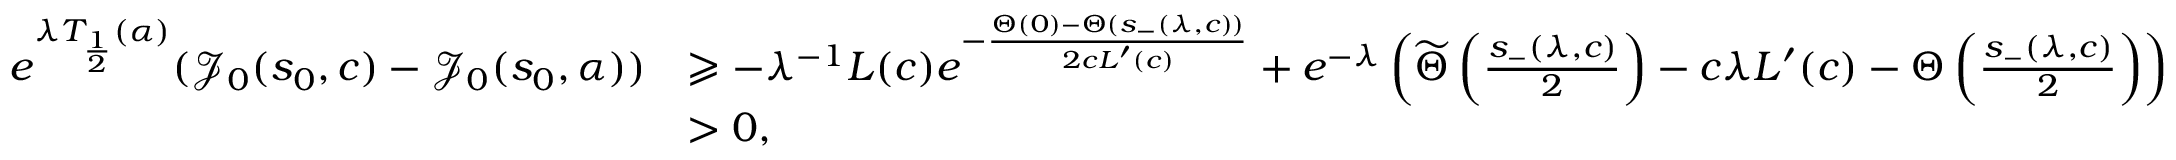
\begin{array} { r l } { e ^ { \lambda T _ { \frac 1 2 } ( \alpha ) } ( \mathcal { J } _ { 0 } ( s _ { 0 } , c ) - \mathcal { J } _ { 0 } ( s _ { 0 } , \alpha ) ) } & { \geqslant - \lambda ^ { - 1 } L ( c ) e ^ { - \frac { { \Theta } ( 0 ) - { \Theta } ( s _ { - } ( \lambda , c ) ) } { 2 c L ^ { \prime } ( c ) } } + e ^ { - \lambda } \left( \widetilde { \Theta } \left( \frac { s _ { - } ( \lambda , c ) } 2 \right) - c \lambda L ^ { \prime } ( c ) - { \Theta } \left( \frac { s _ { - } ( \lambda , c ) } 2 \right) \right) } \\ & { > 0 , } \end{array}